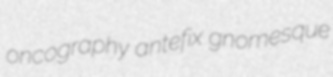
oncography antefix gnomesque